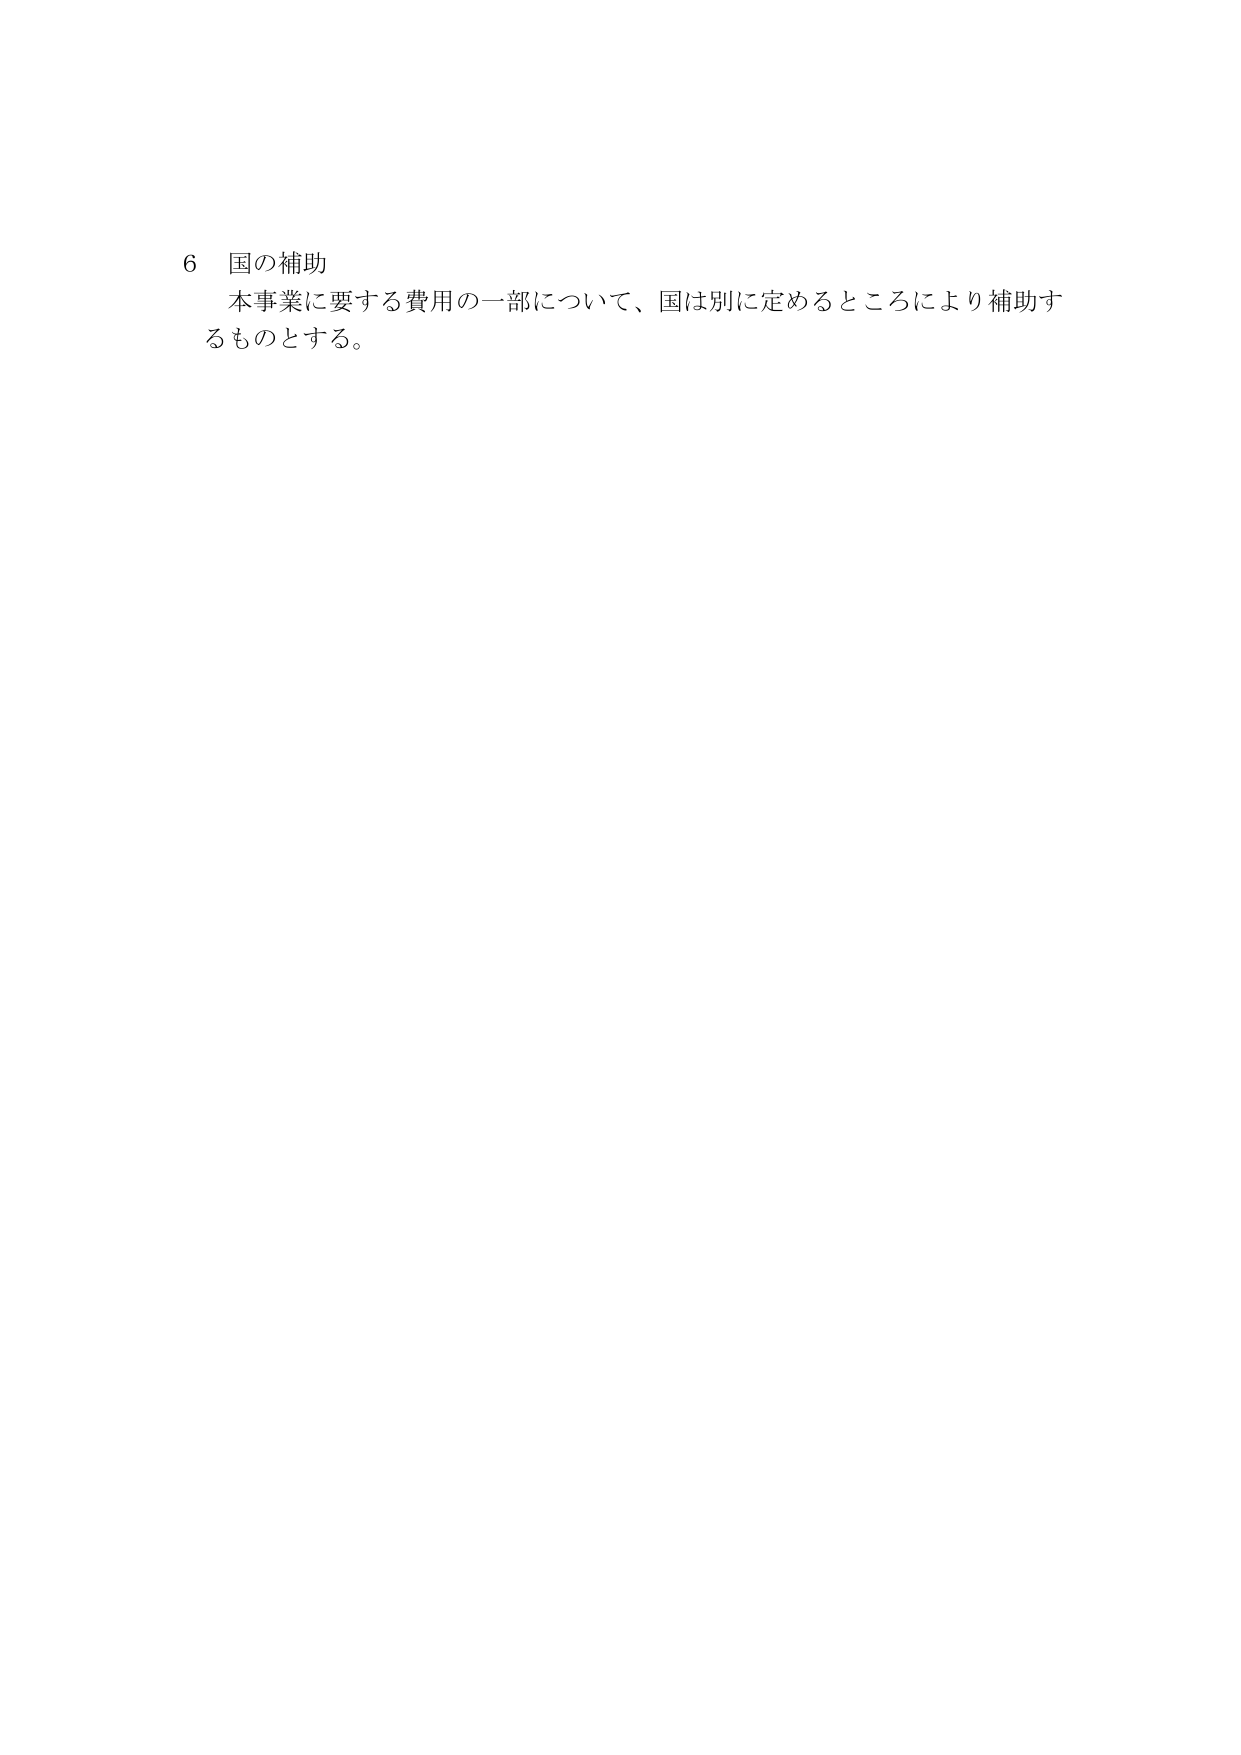
6 国の補助
本事業に要する費用の一部について、国は別に定めるところにより補助するものとする。